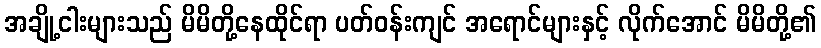
အချို့ငါးများသည် မိမိတို့နေထိုင်ရာ ပတ်ဝန်းကျင် အရောင်များနှင့် လိုက်အောင် မိမိတို့၏